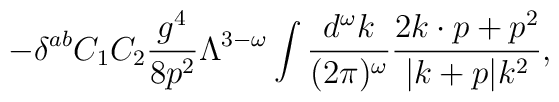
- \delta^{ab} C_1C_2 {g^4 \over 8 p^2} \Lambda^{3-\omega}\int {d^\omega k \over (2\pi)^\omega} {2 k\cdot p + p^2 \over |k+p| k^2 },